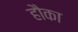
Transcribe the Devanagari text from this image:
हौका